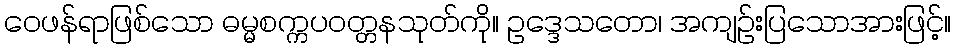
ဝေဖန်ရာဖြစ်သော ဓမ္မစက္ကပဝတ္တနသုတ်ကို။ ဥဒ္ဒေသတော၊ အကျဉ်းပြသောအားဖြင့်။